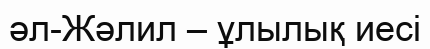
әл-Жәлил – ұлылық иесі